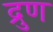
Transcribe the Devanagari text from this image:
द्रुण